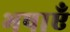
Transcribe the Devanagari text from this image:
भषाएँ